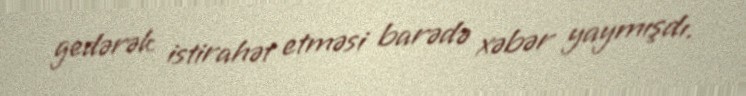
gedərək istirahət etməsi barədə xəbər yaymışdı.